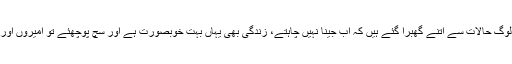
ویسے مزاق سے ہٹ کر میں نہیں سمجھتا کہ پاکستان میں لوگ حالات سے اتنے گھبرا گئے ہیں کہ اب جینا نہیں چاہتے، زندگی بھی یہاں بہت خوبصورت ہے اور سچ پوچھئے تو امیروں اور متوسط طبقے سے زیادہ غریب خوش ہیں اپنی غریبی میں۔